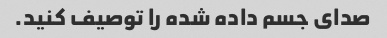
صدای جسم داده شده را توصیف کنید.